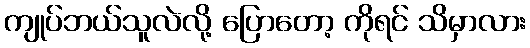
ကျုပ်ဘယ်သူလဲလို့ ပြောတော့ ကိုရင် သိမှာလား